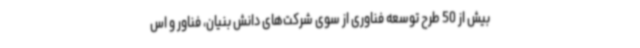
بیش از 50 طرح توسعه فناوری از سوی شرکت‌های دانش بنیان، فناور و اس